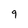
Character: 9